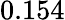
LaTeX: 0.154